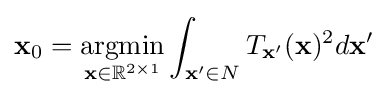
\mathbf {x} _{0}={\underset {\mathbf {x} \in \mathbb {R} ^{2\times 1}}{\operatorname {argmin} }}\int _{\mathbf {x'} \in N}T_{\mathbf {x'} }(\mathbf {x} )^{2}d\mathbf {x'}